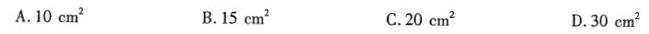
A.10cm^{2} B.15cm^{2} C.20cm2 D.30cm^{2}